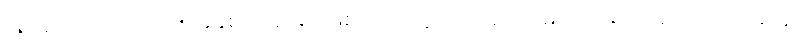
ရေးခဲ့ကြသည်။ ၁၉၉၅ ခုနှစ်က ရုပ်ရှင်ဖြစ်သည့် ဟူသော ရုပ်ရှင်မှာ အရေးအခင်းကာလအတွင်